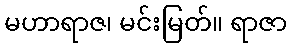
မဟာရာဇ၊ မင်းမြတ်။ ရာဇာ